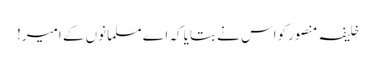
خلیفہ منصورکو اس نے بتایا کہ اے مسلمانوں کے امیر!